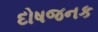
દોષજનક